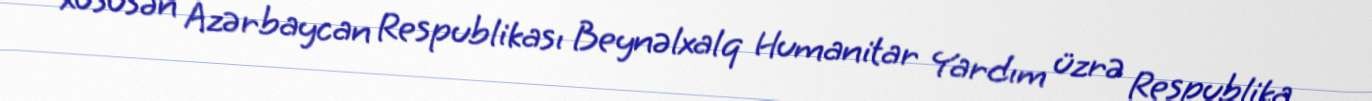
xüsusən Azərbaycan Respublikası Beynəlxalq Humanitar Yardım üzrə Respublika